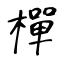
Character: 樿